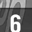
Digit: 6